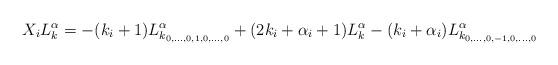
LaTeX: \begin{align*}X_iL^\alpha_k=-(k_i+1)L^{\alpha}_{k_{0,\dots,0,1,0,\dots,0}}+(2k_i+\alpha_i+1)L^\alpha_k-(k_i+\alpha_i)L^{\alpha}_{k_{0,\dots,0,-1,0,\dots,0}}\end{align*}